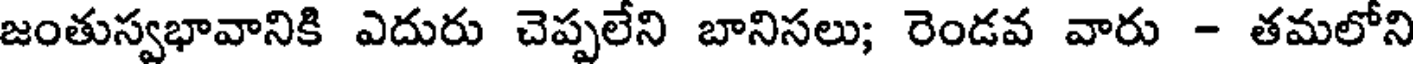
జంతుస్వభావానికి ఎదురు చెప్పలేని బానిసలు; రెండవ వారు - తమలోని